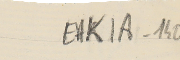
EAK1A-140